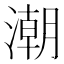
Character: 潮